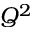
Q ^ { 2 }